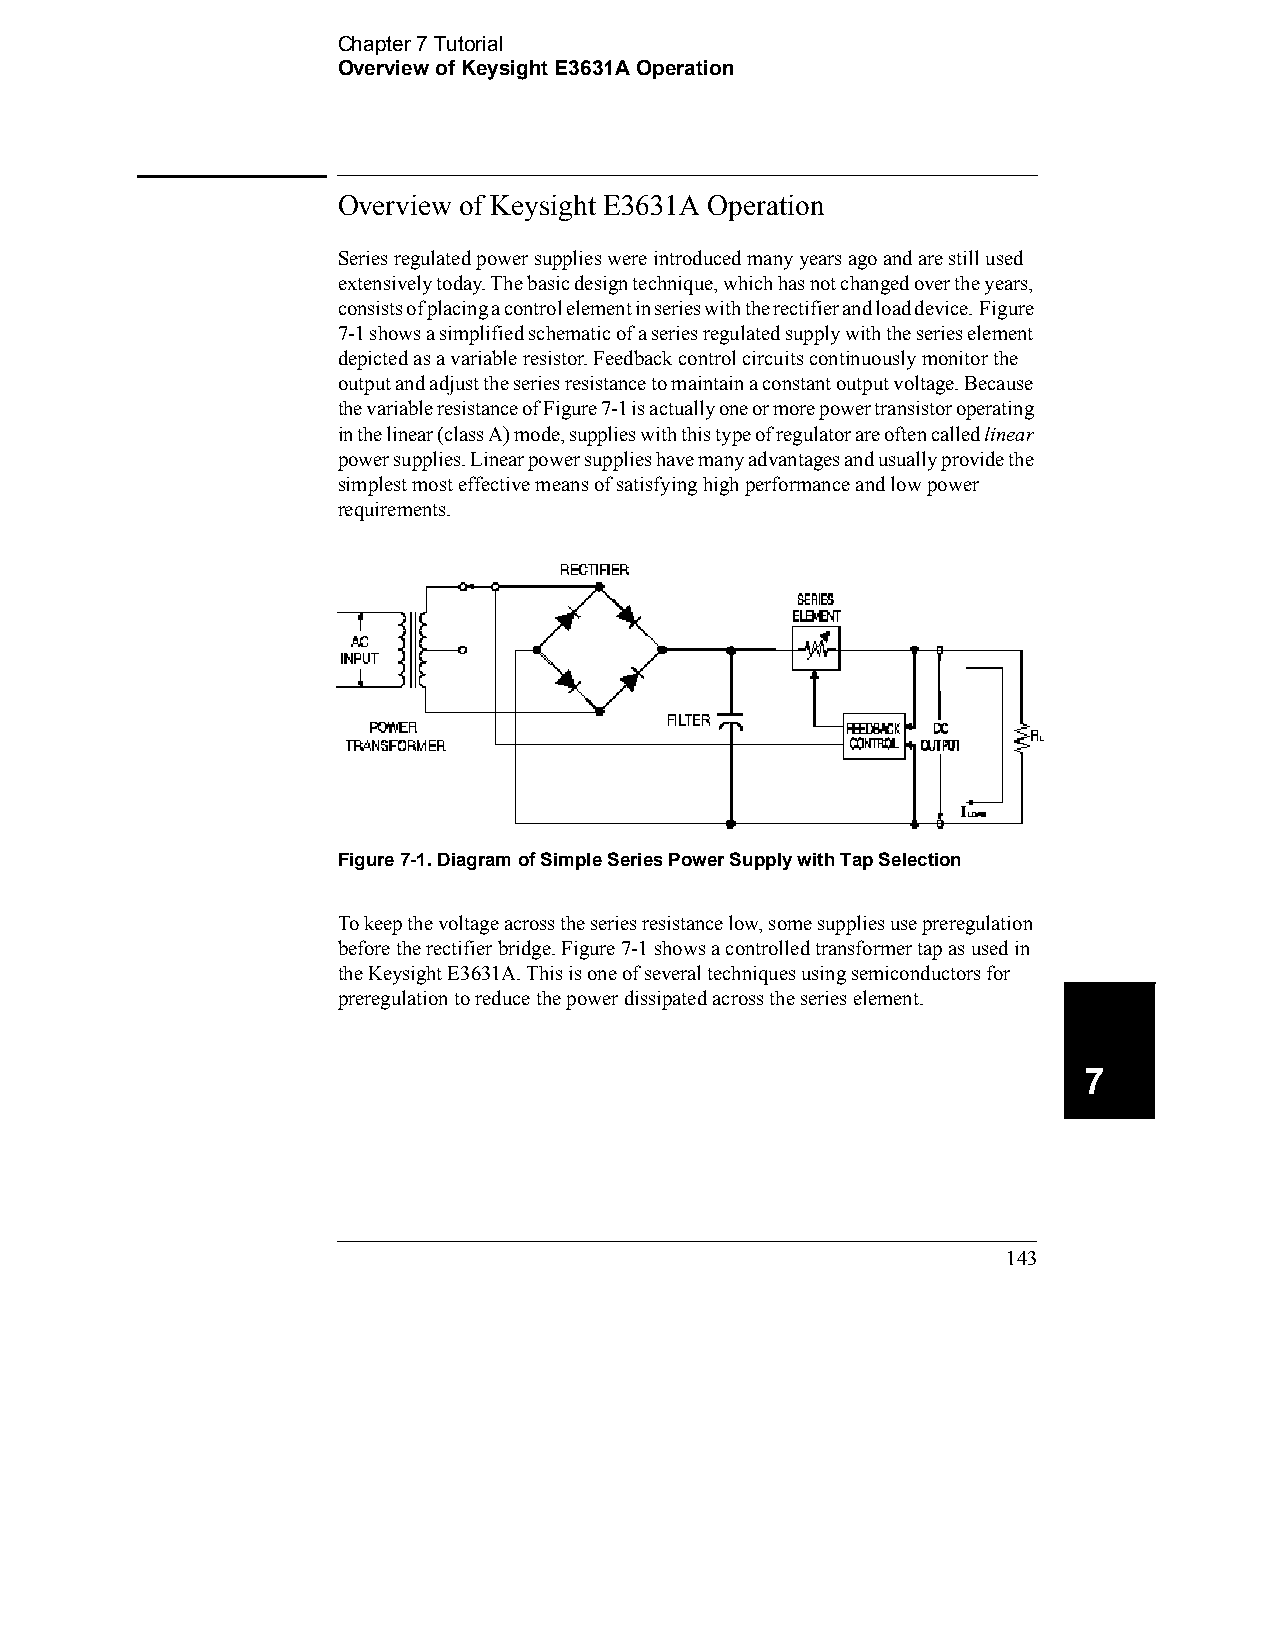
Chapter 7 Tutorial
 Overview of Keysight E3631A Operation
 Overview of Keysight E3631A Operation
 Series regulated power supplies were introduced many years ago and are still used
 extensively today. The basic design technique, which has not changed over the years,
 consists of placing a control element in series with the rectifier and load device. Figure
 7-1 shows a simplified schematic of a series regulated supply with the series element
 depicted as a variable resistor. Feedback control circuits continuously monitor the
 output and adjust the series resistance to maintain a constant output voltage. Because 
 the variable resistance of Figure 7-1 is actually one or more power transistor operating
 in the linear (class A) mode, supplies with this type of regulator are often called linear
 power supplies. Linear power supplies have many advantages and usually provide the
 simplest most effective means of satisfying high performance and low power
 requirements.
 Figure 7-1. Diagram of Simple Series Power Supply with Tap Selection
 To keep the voltage across the series resistance low, some supplies use preregulation
 before the rectifier bridge. Figure 7-1 shows a controlled transformer tap as used in
 the Keysight E3631A. This is one of several techniques using semiconductors for
 preregulation to reduce the power dissipated across the series element.
 7
 143